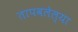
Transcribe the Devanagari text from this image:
तापवलेल्या